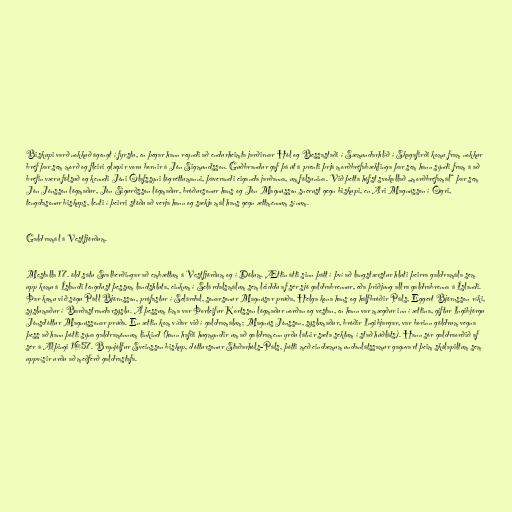
Biskupi varð nokkuð ágengt í fyrstu, en þegar hann reyndi að endurheimta jarðirnar Hól og Bessastaði í Sæmundarhlíð í Skagafirði komu fram nokkur
bréf þar sem morð og fleiri glæpir voru bornir á Jón Sigmundsson. Guðbrandur gaf þá út á prenti þrjá morðbréfabæklinga þar sem hann sýndi fram á að
bréfin væru fölsuð og kenndi Jóni Ólafssyni lögréttumanni, þáverandi eiganda jarðanna, um fölsunina. Við þetta hófst svokallað „morðbréfamál“ þar sem
Jón Jónsson lögmaður, Jón Sigurðsson lögmaður, bróðursonur hans og Jón Magnússon snerust gegn biskupi, en Ari Magnússon í Ögri,
tengdasonur biskups, lenti í þeirri stöðu að verja hann og sækja mál hans gegn ættmennum sínum.

Galdramál á Vestfjörðum.

Mestalla 17. öld sátu Svalberðingar að embættum á Vestfjörðum og í Dölum. Ættin átti sinn þátt í því að langstærstur hluti þeirra galdramála sem
upp komu á Íslandi tengdust þessum landshluta, einkum í Selárdalsmálum sem leiddu af sér sjö galdrabrennur, eða þriðjung allra galdrabrenna á Íslandi.
Þar komu við sögu Páll Björnsson, prófastur í Selárdal, sonarsonur Magnúsar prúða, Helga kona hans og hálfbróðir Páls, Eggert Björnsson ríki,
sýslumaður í Barðastrandarsýslu. Á þessum tíma var Þorleifur Kortsson lögmaður norðan og vestan, en hann var mægður inn í ættina, giftur Ingibjörgu
Jónsdóttur Magnússonar prúða. En ættin kom víðar við í galdramálum; Magnús Jónsson, sýslumaður, bróðir Ingibjargar, var borinn göldrum vegna
þess að hann þótti sýna galdramönnum linkind (hann hafði hugmyndir um að galdramenn yrðu látnir sæta sektum í stað húðláts). Hann sór galdraorðið af
sér á Alþingi 1657. Brynjólfur Sveinsson biskup, dóttursonur Staðarhóls-Páls, þótti með eindæmum undanlátssamur gagnvart þeim skólapiltum sem
uppvísir urðu að meðferð galdrastafa.